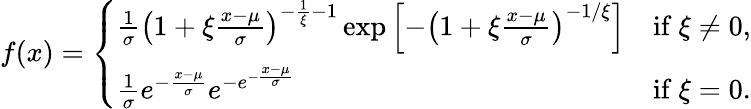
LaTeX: f(x)={\left\{ \begin{array}{ll}{{\frac{1}{\sigma}}\left(1+\xi{\frac{x-\mu}{\sigma}}\right)^{-{\frac{1}{\xi}}-1}\exp\left[-\left(1+\xi{\frac{x-\mu}{\sigma}}\right)^{-{1}/{\xi}}\right]}&{{\mathrm{if~}}\xi\neq 0,}\\ {{\frac{1}{\sigma}}e^{-{\frac{x-\mu}{\sigma}}}e^{-e^{-{\frac{x-\mu}{\sigma}}}}}&{{\mathrm{if~}}\xi=0.}\end{array}\right.}